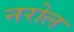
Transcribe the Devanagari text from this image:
नरोल